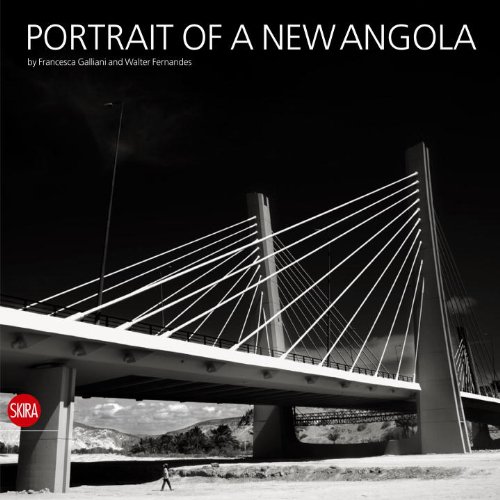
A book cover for Portrait of A New Angola; Travel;